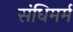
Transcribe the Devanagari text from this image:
संधिमर्म